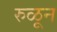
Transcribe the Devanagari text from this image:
रुळून